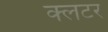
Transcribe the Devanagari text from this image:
क्लटर